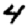
Digit: 4